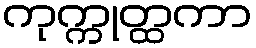
ကုက္ကုတ္ထကာ